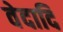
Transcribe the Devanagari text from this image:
वेदादि